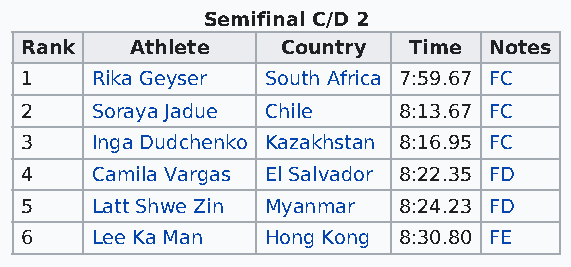
Semifinal C/D 2
 Rank    Athlete   Country Time Notes
 1    Rika Geyser South Africa 7:59.67 FC
 2    Soraya Jadue Chile  8:13.67 FC
 3    Inga Dudchenko Kazakhstan 8:16.95 FC
 4    Camila Vargas El Salvador 8:22.35 FD
 5    Latt Shwe Zin Myanmar 8:24.23 FD
 6    Lee Ka Man  Hong Kong 8:30.80 FE